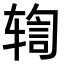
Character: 𫐒